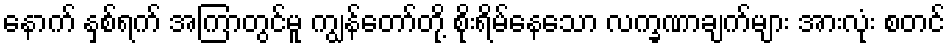
နောက် နှစ်ရက် အကြာတွင်မူ ကျွန်တော်တို့ စိုးရိမ်နေသော လက္ခဏာချက်များ အားလုံး စတင်